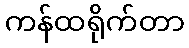
ကန်ထရိုက်တာ